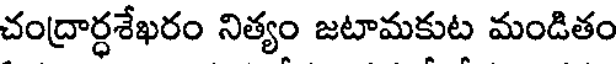
చంద్రార్ధశేఖరం నిత్యం జటామకుట మండితం